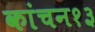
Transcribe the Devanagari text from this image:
कांचन१३